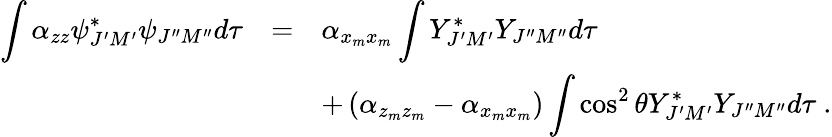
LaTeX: \begin{array}{rcl}{{\displaystyle\int\alpha_{zz}{\psi}_{J^{\prime}M^{\prime}}^{\ast}{\psi}_{J^{\prime\prime}M^{\prime\prime}}d\tau}}&{{=}}&{{\alpha_{x_{m}x_{m}}\displaystyle\int Y_{J^{\prime}M^{\prime}}^{\ast}Y_{J^{\prime\prime}M^{\prime\prime}}d\tau}}\\ {{}}&{{}}&{{+\left(\alpha_{z_{m}z_{m}}-\alpha_{x_{m}x_{m}}\right)\displaystyle\int\cos^{2}\theta Y_{J^{\prime}M^{\prime}}^{\ast}Y_{J^{\prime\prime}M^{\prime\prime}}d\tau~.}}\end{array}